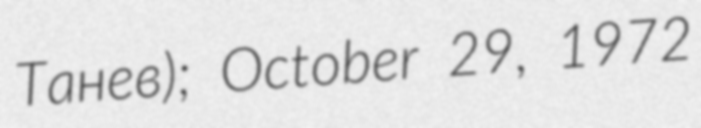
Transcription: Танев); October 29, 1972